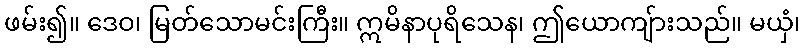
ဖမ်း၍။ ဒေဝ၊ မြတ်သောမင်းကြီး။ ဣမိနာပုရိသေန၊ ဤယောကျ်ားသည်။ မယှံ၊